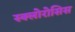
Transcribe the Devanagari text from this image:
स्क्लोरोसिस